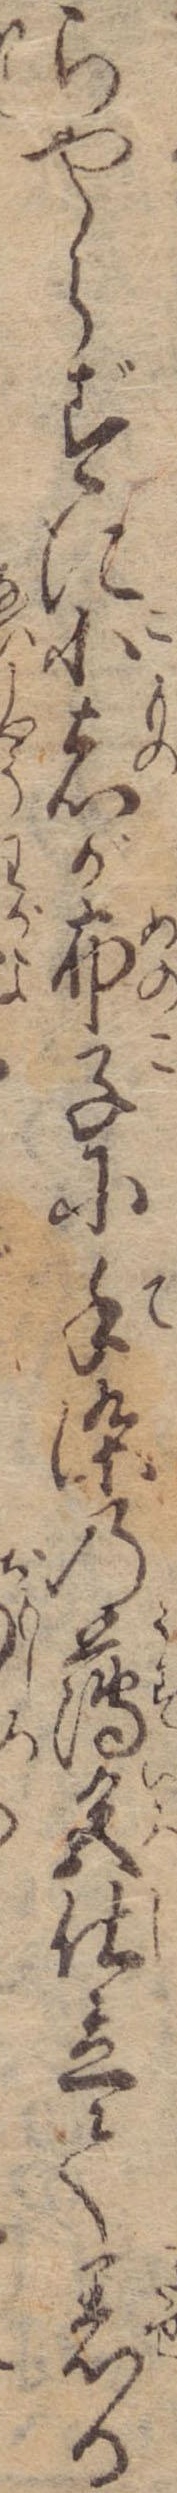
らやらずに小者が布子に手染の薄色仕立て着る